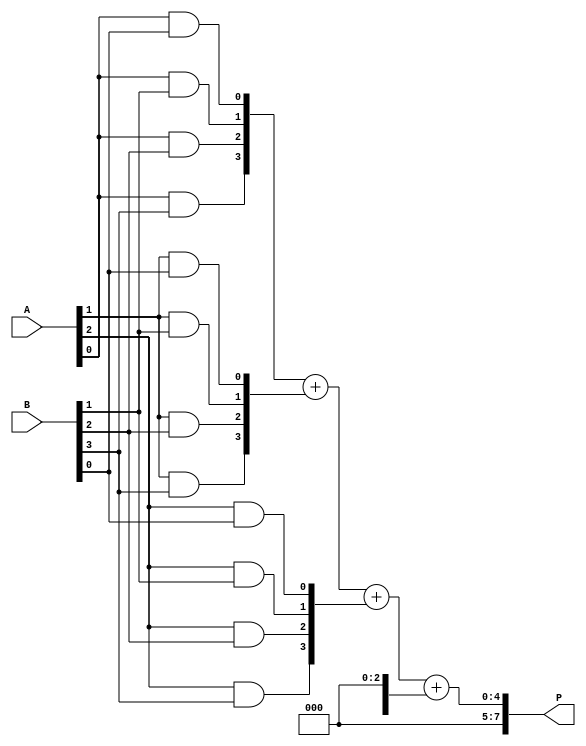
module wallace_tree_multiplier #(parameter N = 4) (
    input  wire [N-1:0] A, // First operand
    input  wire [N-1:0] B, // Second operand
    output wire [2*N-1:0] P // Product output
);

// Partial product generation
wire [N-1:0] pp[N-1:0]; // Partial products
genvar i, j;
generate
    for (i = 0; i < N; i = i + 1) begin : pp_gen
        for (j = 0; j < N; j = j + 1) begin : pp_row
            assign pp[i][j] = A[i] & B[j]; // ANDing to generate partial products
        end
    end
endgenerate

// Wallace Tree reduction
wire [N-1:0] sum[N-1:0]; // Sum outputs from CSA
wire [N-1:0] carry[N-1:0]; // Carry outputs from CSA

// Stage 1 - Grouping and reducing the partial products
generate
    for (i = 0; i < N; i = i + 1) begin : reduction_stage1
        if (i % 3 == 0 && i + 2 < N) begin
            assign {carry[i/3], sum[i/3]} = pp[i] + pp[i+1] + pp[i+2]; // 3-way CSA
        end else if (i % 3 == 0) begin
            assign {carry[i/3], sum[i/3]} = pp[i]; // Handling last few bits
        end
    end
endgenerate

// Stage 2 - Further reduction
wire [N-1:0] sum2[N/3:0]; // Sum outputs from second stage
wire [N-1:0] carry2[N/3:0]; // Carry outputs from second stage

generate
    for (i = 0; i < (N+2)/3; i = i + 1) begin : reduction_stage2
        if (i % 3 == 0 && i + 2 < (N+2)/3) begin
            assign {carry2[i/3], sum2[i/3]} = sum[i] + sum[i+1] + sum[i+2]; // 3-way CSA
        end else if (i % 3 == 0) begin
            assign {carry2[i/3], sum2[i/3]} = sum[i]; // Handling last few bits
        end
    end
endgenerate

// Stage 3 - Final addition
wire [N-1:0] final_sum; // Final sum
wire [N-1:0] final_carry; // Final carry

assign {final_carry, final_sum} = sum2[0] + sum2[1]; // Final addition

// Output assignment
assign P = {final_carry, final_sum}; // Concatenate carry and sum for final product

endmodule